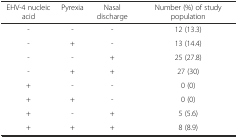
<table><thead><tr><td><b>EHV-4 nucleic acid</b></td><td><b>Pyrexia</b></td><td><b>Nasal discharge</b></td><td><b>Number (%) of study population</b></td></tr></thead><tbody><tr><td>-</td><td>-</td><td>-</td><td>12 (13.3)</td></tr><tr><td>-</td><td>+</td><td>-</td><td>13 (14.4)</td></tr><tr><td>-</td><td>-</td><td>+</td><td>25 (27.8)</td></tr><tr><td>-</td><td>+</td><td>+</td><td>27 (30)</td></tr><tr><td>+</td><td>-</td><td>-</td><td>0 (0)</td></tr><tr><td>+</td><td>+</td><td>-</td><td>0 (0)</td></tr><tr><td>+</td><td>-</td><td>+</td><td>5 (5.6)</td></tr><tr><td>+</td><td>+</td><td>+</td><td>8 (8.9)</td></tr></tbody></table>